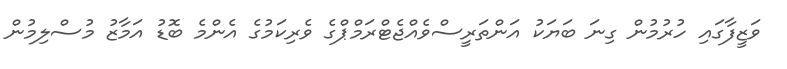
ވަޒީފާގައި ހުރުމުން ގިނަ ބަޔަކު އަންތަރީސްވެއްޖެޓްރަމްޕްގެ ވެރިކަމުގެ އެންމެ ބޮޑު އަމާޒު މުސްލިމުން